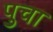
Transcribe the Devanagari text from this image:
पुचा